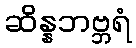
ဆိန္နဘဗ္ဘရံ